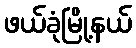
ဖယ်ခုံမြို့နယ်